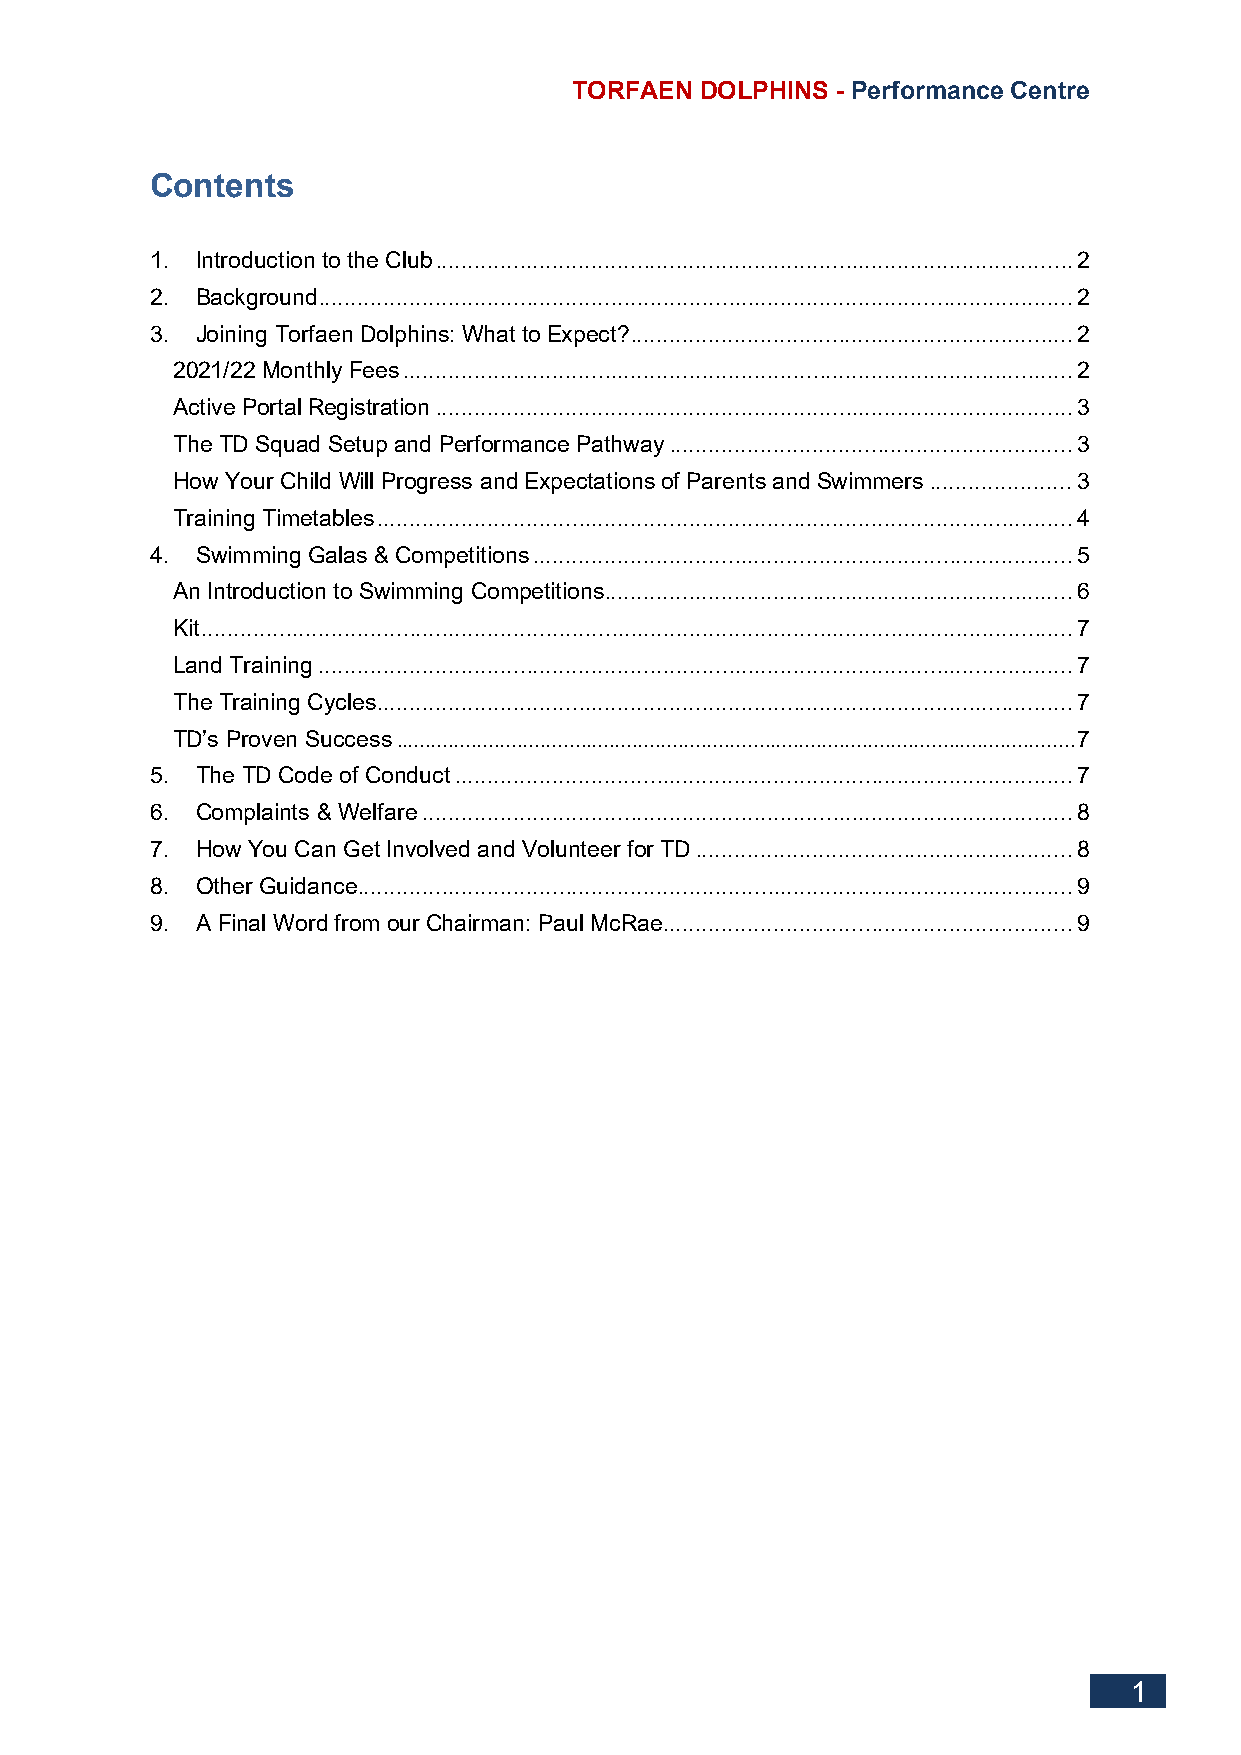
TORFAEN DOLPHINS - Performance Centre
 Contents
 1. Introduction to the Club .................................................................................................. 2
 2. Background .................................................................................................................... 2
 3. Joining Torfaen Dolphins: What to Expect? .................................................................... 2
 2021/22 Monthly Fees ....................................................................................................... 2
 Active Portal Registration .................................................................................................. 3
 The TD Squad Setup and Performance Pathway .............................................................. 3
 How Your Child Will Progress and Expectations of Parents and Swimmers ...................... 3
 Training Timetables ........................................................................................................... 4
 4. Swimming Galas & Competitions ................................................................................... 5
 An Introduction to Swimming Competitions........................................................................ 6
 Kit ...................................................................................................................................... 7
 Land Training .................................................................................................................... 7
 The Training Cycles ........................................................................................................... 7
 TD’s Proven Success ...................................................................................................................... 7
 5. The TD Code of Conduct ............................................................................................... 7
 6. Complaints & Welfare .................................................................................................... 8
 7. How You Can Get Involved and Volunteer for TD .......................................................... 8
 8. Other Guidance .............................................................................................................. 9
 9. A Final Word from our Chairman: Paul McRae ............................................................... 9
 1